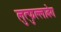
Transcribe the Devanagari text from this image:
लुत्फुल्लाबेग